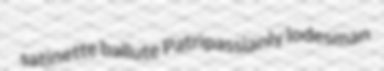
satinette ballute Patripassianly lodesman